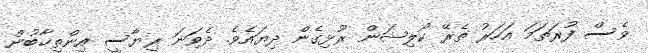
ވެސް ފުރަތަމަ އަހަރު ތެރޭ ކޯލިޝަން ރޫޅިގެން ދިޔައެވެ. ދެވަނަ ރިޔާސީ އިންތިޚާބުން